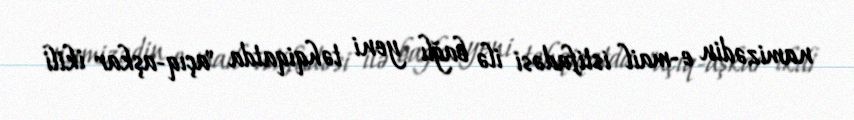
namizədin e-mail istifadəsi ilə bağlı yeni təhqiqatda "açıq-aşkar ikili